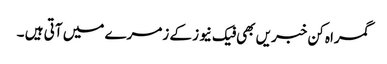
گمراہ کن خبریں بھی فیک نیوز کے زمرے میں آتی ہیں ۔